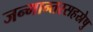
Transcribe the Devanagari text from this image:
जन्मान्तरसहस्रेषु